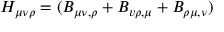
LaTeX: H _ { \mu \nu \rho } = ( B _ { \mu \nu , \rho } + B _ { v \rho , \mu } + B _ { \rho \mu , \nu } )